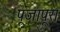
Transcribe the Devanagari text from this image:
पूजापूरा